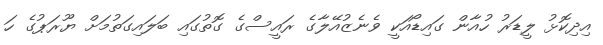
އިދިކޮޅު ލީޑަރު ހުއާން ގައިޑޯއަކީ ވެނެޒުއޭލާގެ ރައީސްގެ ގޮތުގައި ބަލައިގަތުމަށް ޔޫރަޕުގެ ހަ